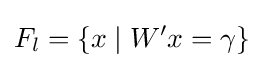
F_{l}=\{x\mid W'x=\gamma \}